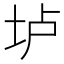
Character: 垆